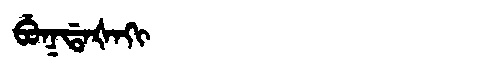
Manchu: ᠪᡠᡴᡩᠠᡧᠠᡴᡳ
Romanization: BUKDAŠAKI